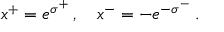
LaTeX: x ^ { + } = e ^ { \sigma ^ { + } } \, , \quad x ^ { - } = - e ^ { - \sigma ^ { - } } \, .